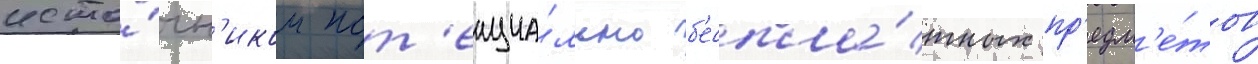
исто́чн'иком пот'енциа́льно б'еспла́тных пр'едм'е́тов